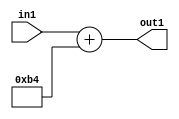
`timescale 1ps / 1ps
/*****************************************************************************
    Verilog RTL Description
    
    
    Created by: Stratus DpOpt 2019.1.01 
*******************************************************************************/

module DC_Filter_Add_12U_2_1 (
	in1,
	out1
	); /* architecture "behavioural" */ 
input [11:0] in1;
output [11:0] out1;
wire [11:0] asc001;

assign asc001 = 
	+(in1)
	+(12'B000010110100);

assign out1 = asc001;
endmodule

/* CADENCE  ubDxSQg= : u9/ySgnWtBlWxVPRXgAZ4Og= ** DO NOT EDIT THIS LINE ******/